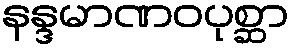
နန္ဒမာဏဝပုစ္ဆာ